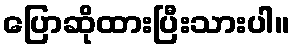
ပြောဆိုထားပြီးသားပါ။